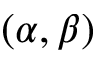
( \alpha , \beta )